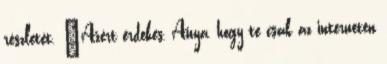
részletét. "Azért érdekes, Anya, hogy te csak az interneten